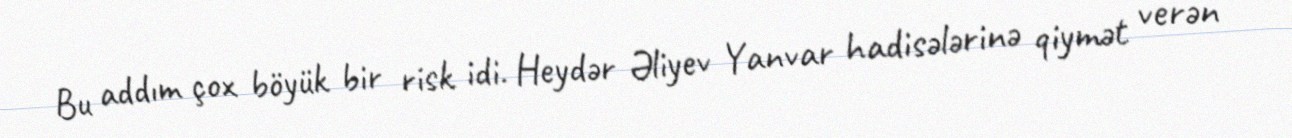
Bu addım çox böyük bir risk idi. Heydər Əliyev Yanvar hadisələrinə qiymət verən